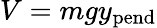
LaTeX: V=mgy_{\mathrm{pend}}